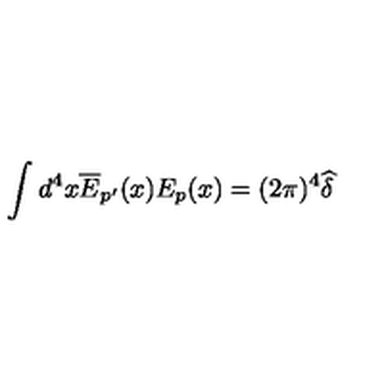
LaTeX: \int d ^ { 4 } x \overline { { E } } _ { p ^ { \prime } } ( x ) E _ { p } ( x ) = ( 2 \pi ) ^ { 4 } \widehat { \delta }